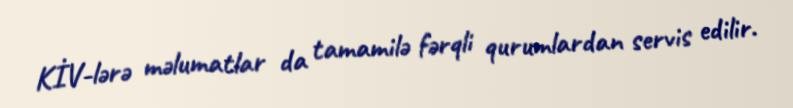
KİV-lərə məlumatlar da tamamilə fərqli qurumlardan servis edilir.